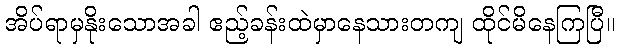
အိပ်ရာမှနိုးသောအခါ ဧည့်ခန်းထဲမှာနေသားတကျ ထိုင်မိနေကြပြီ။